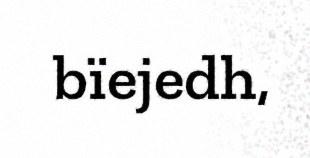
bïejedh,